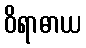
ဝိရာဓာယ